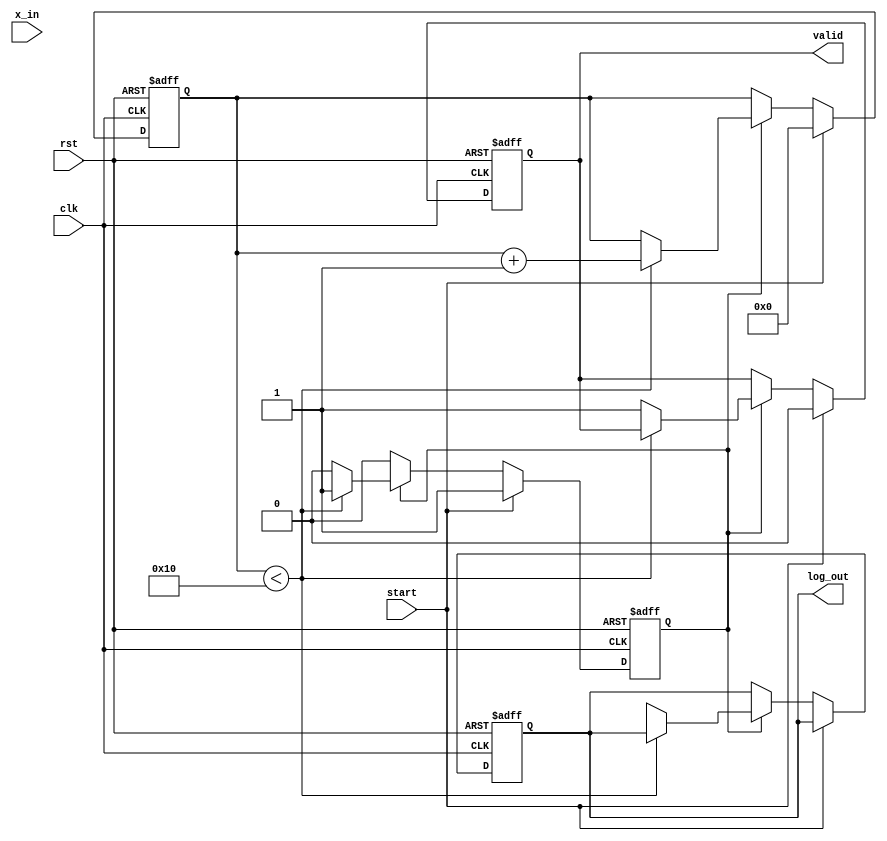
module cordic_logarithm (
    input wire clk,
    input wire rst,
    input wire start,
    input wire [31:0] x_in, // Input value (fixed-point representation)
    output reg [31:0] log_out, // Output logarithm value
    output reg valid // Output valid flag
);

    // Parameters
    parameter MAX_ITERATIONS = 16;
    parameter ANGLE_TABLE_SIZE = 16;

    // Internal signals
    reg [31:0] x [0:MAX_ITERATIONS-1];
    reg [31:0] y [0:MAX_ITERATIONS-1];
    reg [31:0] z [0:MAX_ITERATIONS-1];
    reg [3:0] iteration;
    reg [31:0] angle_table [0:ANGLE_TABLE_SIZE-1];
    reg processing;
    
    // Initial angle values for CORDIC
    initial begin
        angle_table[0] = 32'h00000000; // atan(1)
        angle_table[1] = 32'h3F490FDB; // atan(0.5)
        angle_table[2] = 32'h3F22F983; // atan(0.25)
        angle_table[3] = 32'h3F0C9F6E; // atan(0.125)
        // Fill in the rest of the angle values as needed
    end

    // Initialization
    always @(posedge clk or posedge rst) begin
        if (rst) begin
            iteration <= 0;
            processing <= 0;
            valid <= 0;
            log_out <= 0;
        end else if (start) begin
            // Initialize input values
            x[0] <= x_in;
            y[0] <= 32'h00000001; // Initial y value (1)
            z[0] <= 32'h00000000; // Initial angle (0)
            iteration <= 0;
            processing <= 1;
            valid <= 0;
        end else if (processing) begin
            if (iteration < MAX_ITERATIONS) begin
                // CORDIC iterative processing
                if (z[iteration] < 0) begin
                    // Perform vectoring for negative angle
                    x[iteration + 1] <= x[iteration] + (y[iteration] >> iteration);
                    y[iteration + 1] <= y[iteration] - (x[iteration] >> iteration);
                    z[iteration + 1] <= z[iteration] + angle_table[iteration];
                end else begin
                    // Perform vectoring for positive angle
                    x[iteration + 1] <= x[iteration] - (y[iteration] >> iteration);
                    y[iteration + 1] <= y[iteration] + (x[iteration] >> iteration);
                    z[iteration + 1] <= z[iteration] - angle_table[iteration];
                end
                iteration <= iteration + 1;
            end else begin
                // Final output assignment
                log_out <= z[MAX_ITERATIONS]; // Output the final angle approximation
                valid <= 1;
                processing <= 0;
            end
        end
    end

endmodule